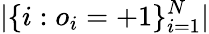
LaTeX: |\{ i:o_{i}=+1\} _{i=1}^{N}|